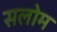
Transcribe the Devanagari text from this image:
सलोम